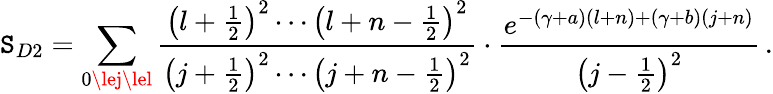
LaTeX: \mathtt{S}_{D2}=\sum_{0\lej\lel}\frac{{\left(l+\frac{{1}}{{2}}\right)^{2}\cdots\left(l+n-\frac{{1}}{{2}}\right)^{2}}}{{\left(j+\frac{{1}}{{2}}\right)^{2}\cdots\left(j+n-\frac{{1}}{{2}}\right)^{2}}}\cdot\frac{{e^{-(\gamma+a)(l+n)+(\gamma+b)(j+n)}}}{{\left(j-\frac{{1}}{{2}}\right)^{2}}}\, .